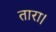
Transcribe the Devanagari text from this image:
तारा।